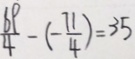
\frac { 6 9 } { 4 } - ( - \frac { 7 1 } { 4 } ) = 3 5